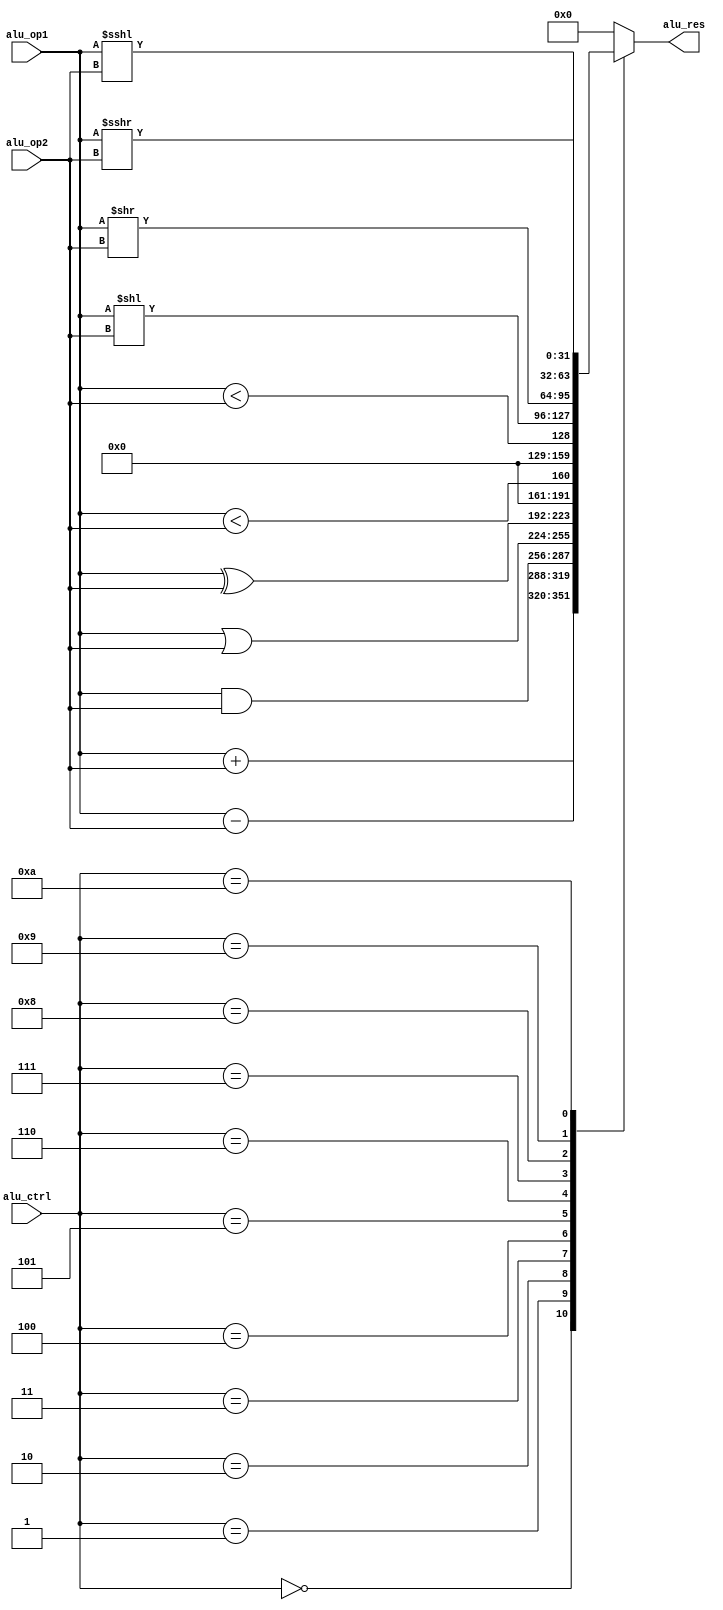
`timescale 1ns / 1ps

module ALU
(
    input [31:0] alu_op1, alu_op2,   // a
    input [3:0] alu_ctrl,           // 
    output reg [31:0] alu_res     // ...
);

parameter alu_add=4'd0;
parameter alu_sub=4'd1;
parameter alu_and=4'd2;
parameter alu_or=4'd3;
parameter alu_xor=4'd4;
parameter alu_compare=4'd5;
parameter alu_compare_u=4'd6;
parameter alu_left_logic=4'd7;
parameter alu_right_logic=4'd8;
parameter alu_left_count=4'd9;
parameter alu_right_count=4'd10;
parameter alu_wrong_input=4'd11;

    always @(*) begin
        alu_res = 0;
        case(alu_ctrl)
            alu_add: 
                alu_res = (alu_op1 + alu_op2);
            alu_sub: 
                alu_res = (alu_op1 - alu_op2);
            alu_and:
                alu_res = (alu_op1 & alu_op2);
            alu_or:
                alu_res = (alu_op1 | alu_op2);
            alu_xor:
                alu_res = (alu_op1 ^ alu_op2);
            alu_compare:
                alu_res = ($signed(alu_op1) < $signed(alu_op2));
            alu_compare_u:
                alu_res = (alu_op1 < alu_op2);
            alu_left_logic:
                alu_res = (alu_op1 << alu_op2);
            alu_right_logic:
                alu_res = (alu_op1 >> alu_op2);
            alu_left_count:
                alu_res = (alu_op1 <<< alu_op2);
            alu_right_count:
                alu_res = ($signed(alu_op1) >>> alu_op2);
            default:
                alu_res = 0;
        endcase
    end
endmodule